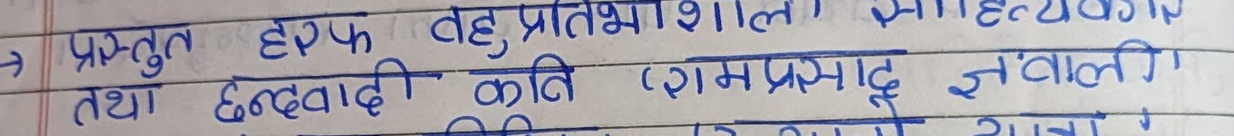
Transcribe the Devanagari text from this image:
प्रस्तुत हरफ वह प्रतिभाशाली साहित्यकार
तथा छंदवादी कवि रामप्रसाद 'ज्वाली'
रचनाएँ हैं।